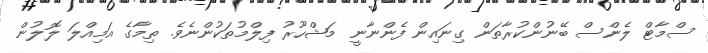
ސްމާޓް ލެންސް ބޭނުންކުރާތަން ގިނައިން ފެންނާނީ މަޝްހޫރު ފިލްމުތަކުންނެވެ. ތިމާގެ އަމިއްލަ ލޮލުން